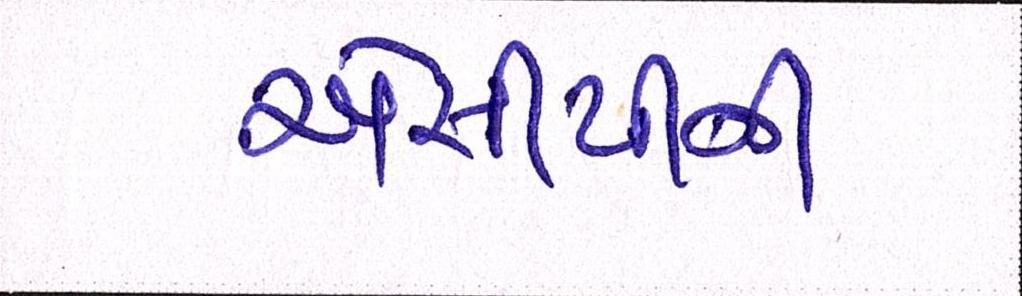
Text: એસીપીની